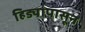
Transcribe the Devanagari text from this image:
हिड्यांपासून